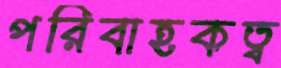
পরিবাহকত্ব